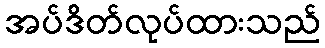
အပ်ဒိတ်လုပ်ထားသည်